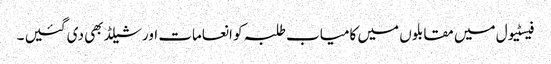
فیسٹیول میں مقابلوں میں کامیاب طلبہ کو انعامات اور شیلڈ بھی دی گئیں ۔